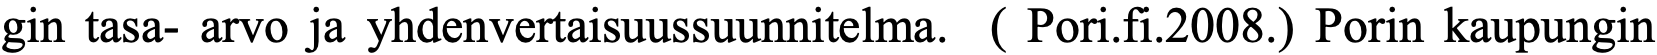
gin tasa- arvo ja yhdenvertaisuussuunnitelma. ( Pori.fi.2008.) Porin kaupungin